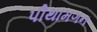
પીથામગન